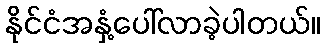
နိုင်ငံအနှံ့ပေါ်လာခဲ့ပါတယ်။